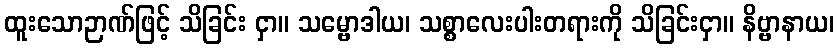
ထူးသောဉာဏ်ဖြင့် သိခြင်း ငှာ။ သမ္ဗောဒါယ၊ သစ္စာလေးပါးတရားကို သိခြင်းငှာ။ နိဗ္ဗာနာယ၊